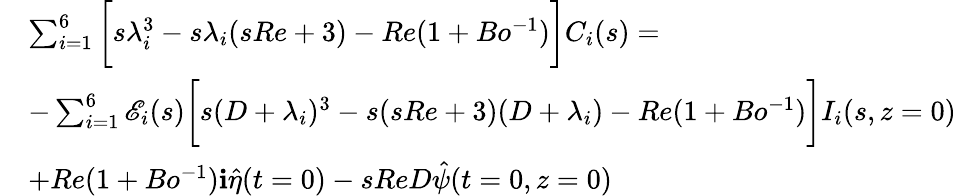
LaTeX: \begin{array}{rl}&{\sum_{i=1}^{6}\bigg[s\lambda_{i}^{3}-s\lambda_{i}(sRe+3)-Re(1+Bo^{-1})\bigg]C_{i}(s)=}\\ &{-\sum_{i=1}^{6}\mathscr{E}_{i}(s)\bigg[s(D+\lambda_{i})^{3}-s(sRe+3)(D+\lambda_{i})-Re(1+Bo^{-1})\bigg]I_{i}(s,z=0)}\\ &{+Re(1+Bo^{-1})\textbf{i}\hat{\eta}(t=0)-sReD\hat{\psi}(t=0,z=0)}\end{array}